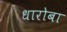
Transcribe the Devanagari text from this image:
धारोबा